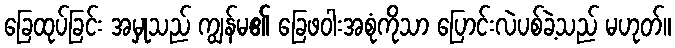
ခြေထုပ်ခြင်း အမှုသည် ကျွန်မ၏ ခြေဖဝါးအစုံကိုသာ ပြောင်းလဲပစ်ခဲ့သည် မဟုတ်။